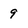
Character: 9